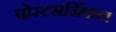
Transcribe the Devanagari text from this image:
पोस्टसर्जिकल